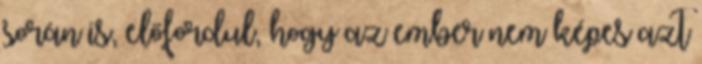
során is, előfordul, hogy az ember nem képes azt